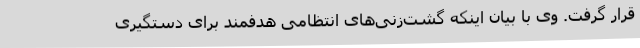
قرار گرفت. وی با بیان اینکه گشت‌زنی‌های انتظامی هدفمند برای دستگیری